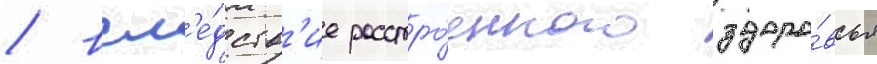
/ всл'е́дств'ие расстро́енного здоро́вья